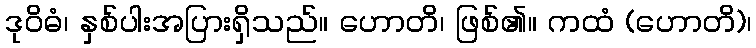
ဒုဝိဓံ၊ နှစ်ပါးအပြားရှိသည်။ ဟောတိ၊ ဖြစ်၏။ ကထံ (ဟောတိ)၊